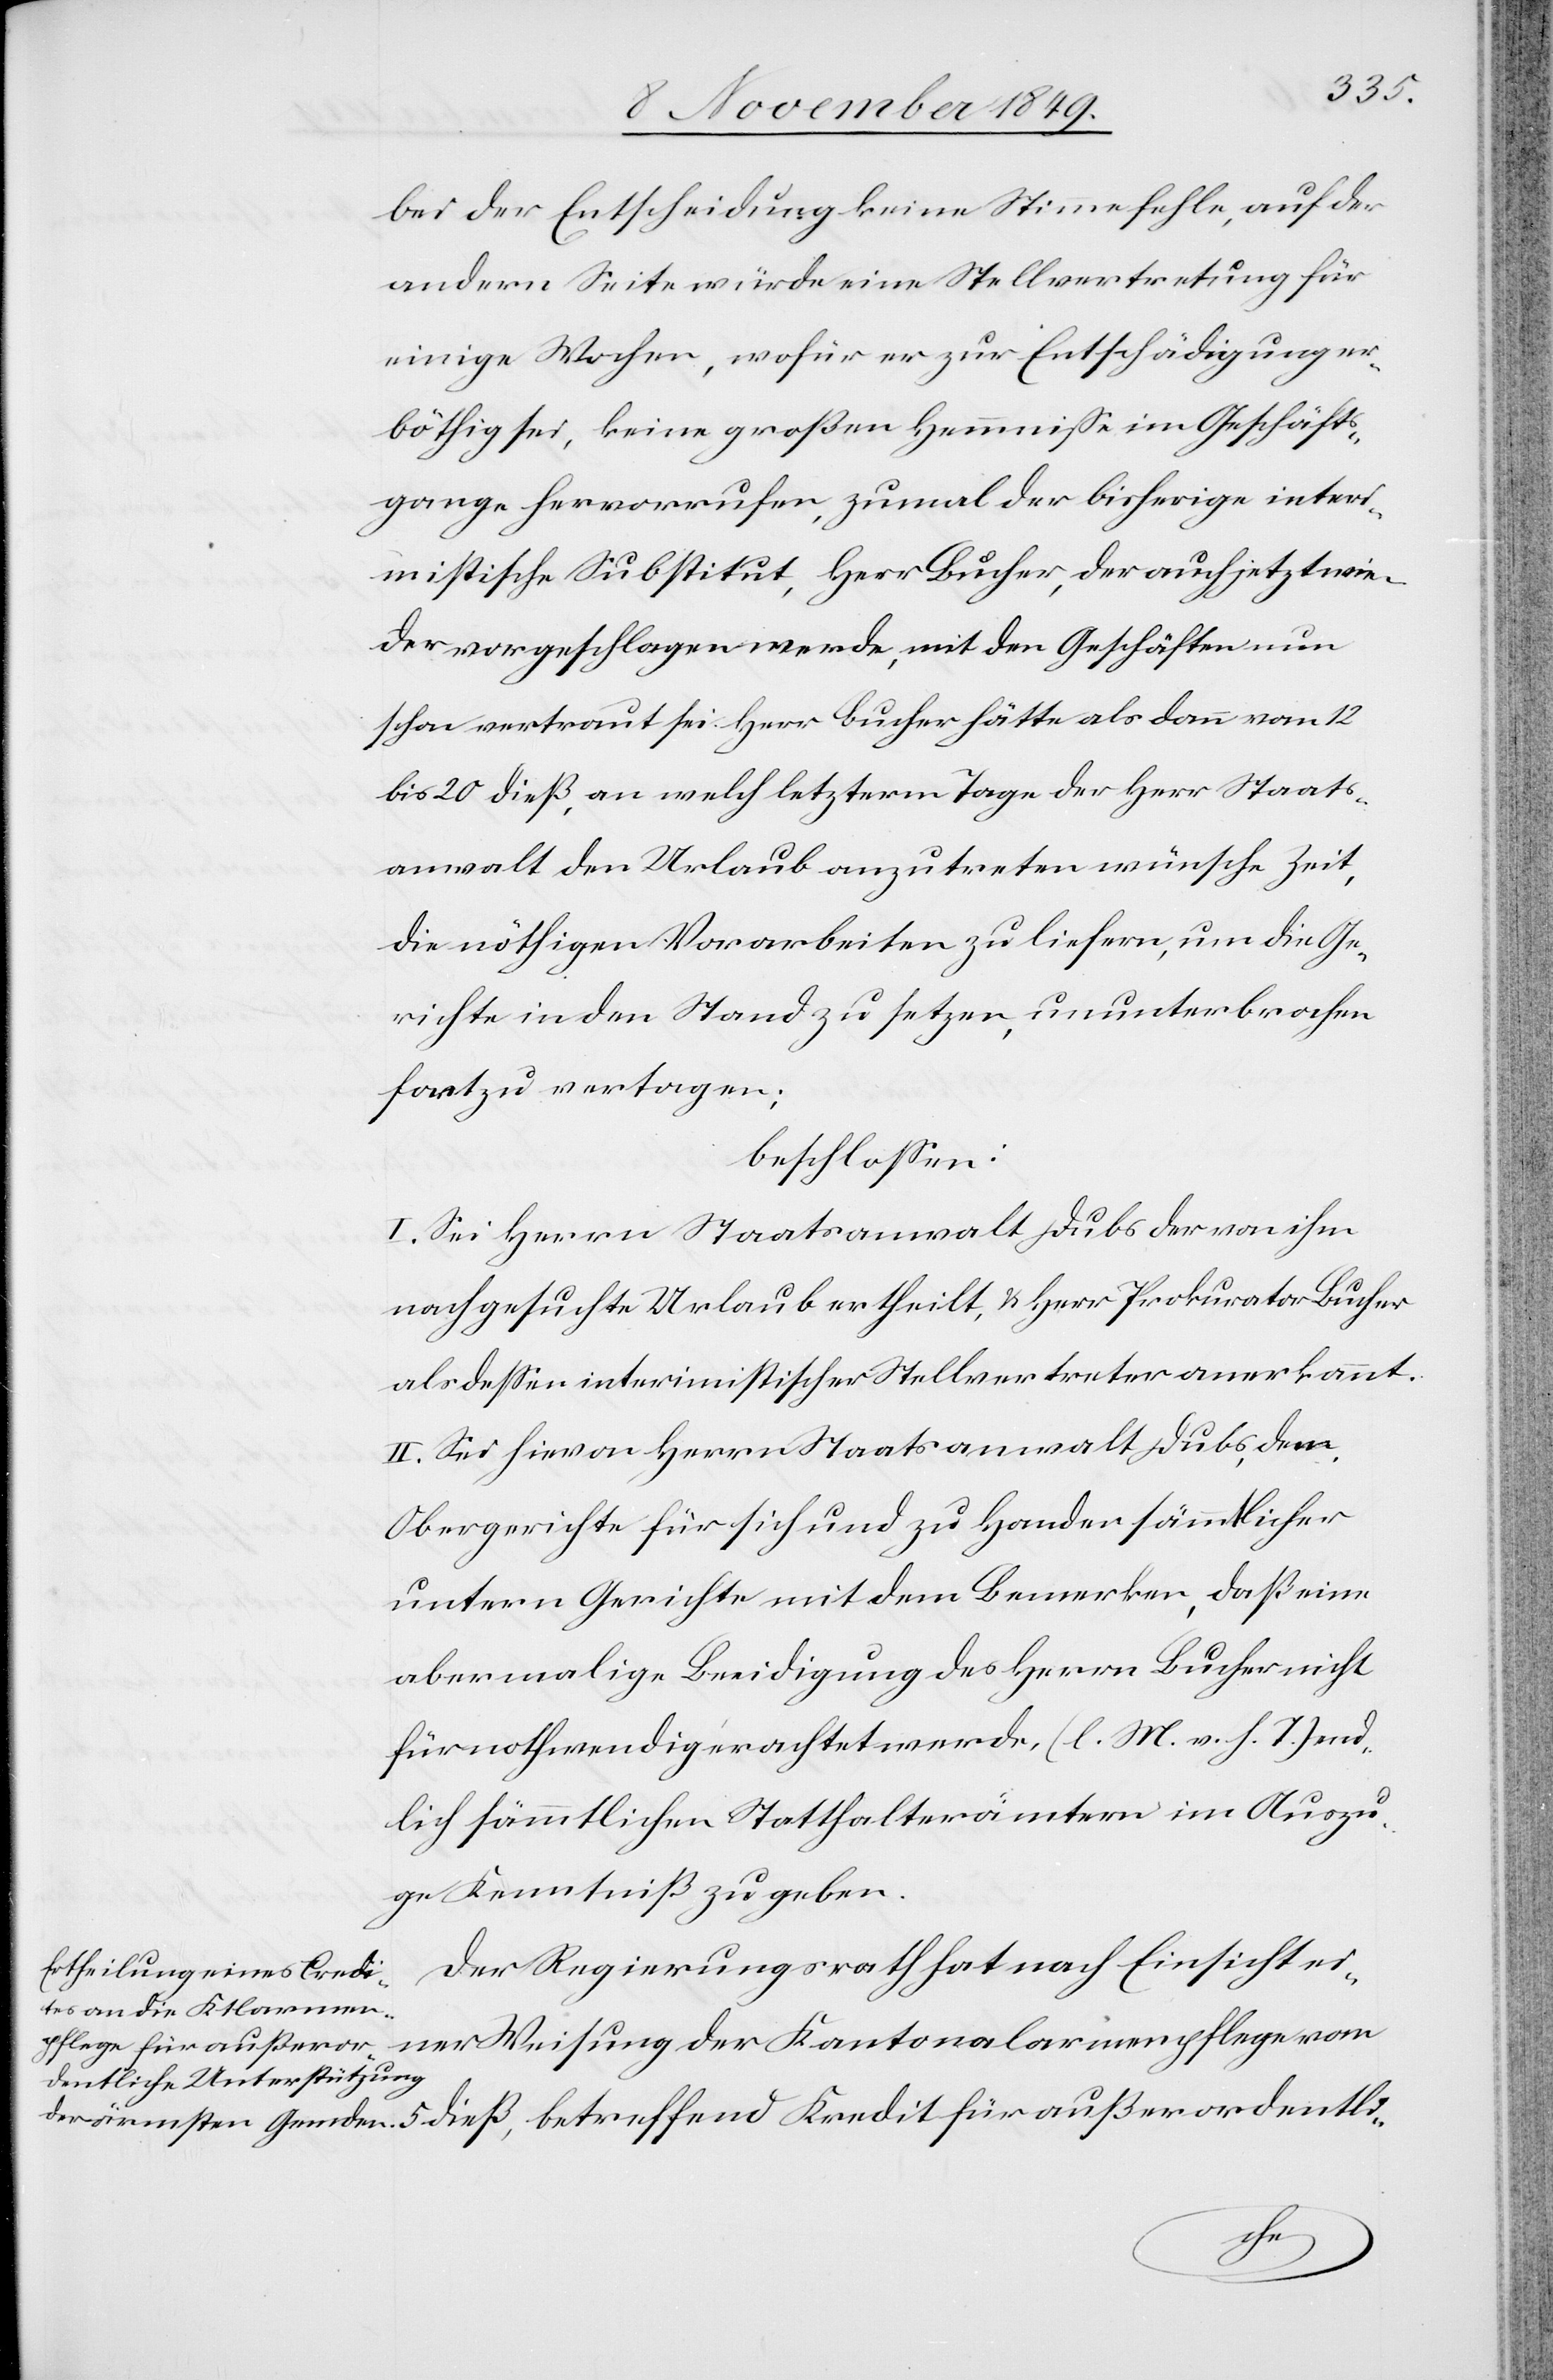
bei der Entscheidung keine Stimme fehle, auf der
andern Seite würde eine Stellvertretung für
einige Wochen, wofür er zur Entschädigung er¬
böthig sei, keine großen Hemmniße im Geschäfts¬
gange hervorrufen, zumal der bisherige interi¬
mistische Substitut, Herr Bucher, der auch jetzt wie¬
der vorgeschlagen werde, mit den Geschäften nun
schon vertraut sei. Herr Bucher hätte als dann vom 12
bis 20 dieß, an welche letzterm Tage der Herr Staats¬
anwalt den Urlaub anzutreten wünsche Zeit,
die nöthigen Vorarbeiten zu liefern, um die Ge¬
richte in den Stand zu setzen, ununterbrochen
fort zu vertagen;
beschloßen:
I. Sei Herrn Staatsanwalt Dubs der von ihm
nachgesuchte Urlaub ertheilt, u. Herr Prokurator Bucher
als deßen interimistischer Stellvertreter anerkannt.
II. Sei hievon Herrn Staatsanwalt Dubs, dem
Obergerichte für sich und zu Handen sämmtlicher
untern Gerichte mit dem Bemerken, daß eine
abermalige Beeidigung des Herrn Bucher nicht
für nothwendig erachtet werde, [l. M. v. h. T] end¬
lich sämmtlichen Statthalterämtern im Auszu¬
ge Kenntniß gegeben.
Der Regierungsrath hat nach Einsicht ei¬
ner Weisung der Kantonalarmenpflege vom
für